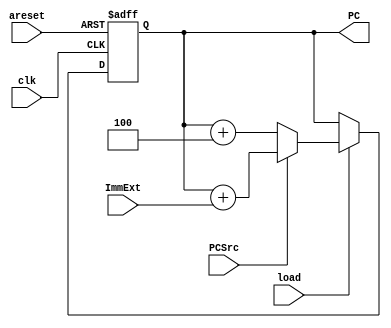
module PC_counter(input [31:0]ImmExt,
input areset,load,clk,PCSrc,
output reg [31:0]PC);
reg [31:0]PCNext;
always@(posedge clk, negedge areset)begin

if(!areset)
PC<=0;
else 
if(load)
PC<=PCNext;
end

always@(*)begin
if(PCSrc)
PCNext=PC+ImmExt;
else
PCNext=PC+4;
end


endmodule